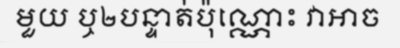
មួយ ឬ២បន្ទាត់ប៉ុណ្ណោះ វាអាច